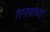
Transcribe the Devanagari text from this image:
रंगनाथांच्या